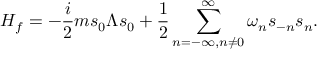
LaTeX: { \cal H } _ { f } = - { \frac { i } { 2 } } m s _ { 0 } \Lambda s _ { 0 } + { \frac { 1 } { 2 } } \sum _ { n = - \infty , n \neq 0 } ^ { \infty } \omega _ { n } s _ { - n } s _ { n } .